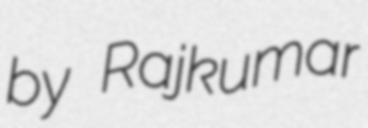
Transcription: by Rajkumar